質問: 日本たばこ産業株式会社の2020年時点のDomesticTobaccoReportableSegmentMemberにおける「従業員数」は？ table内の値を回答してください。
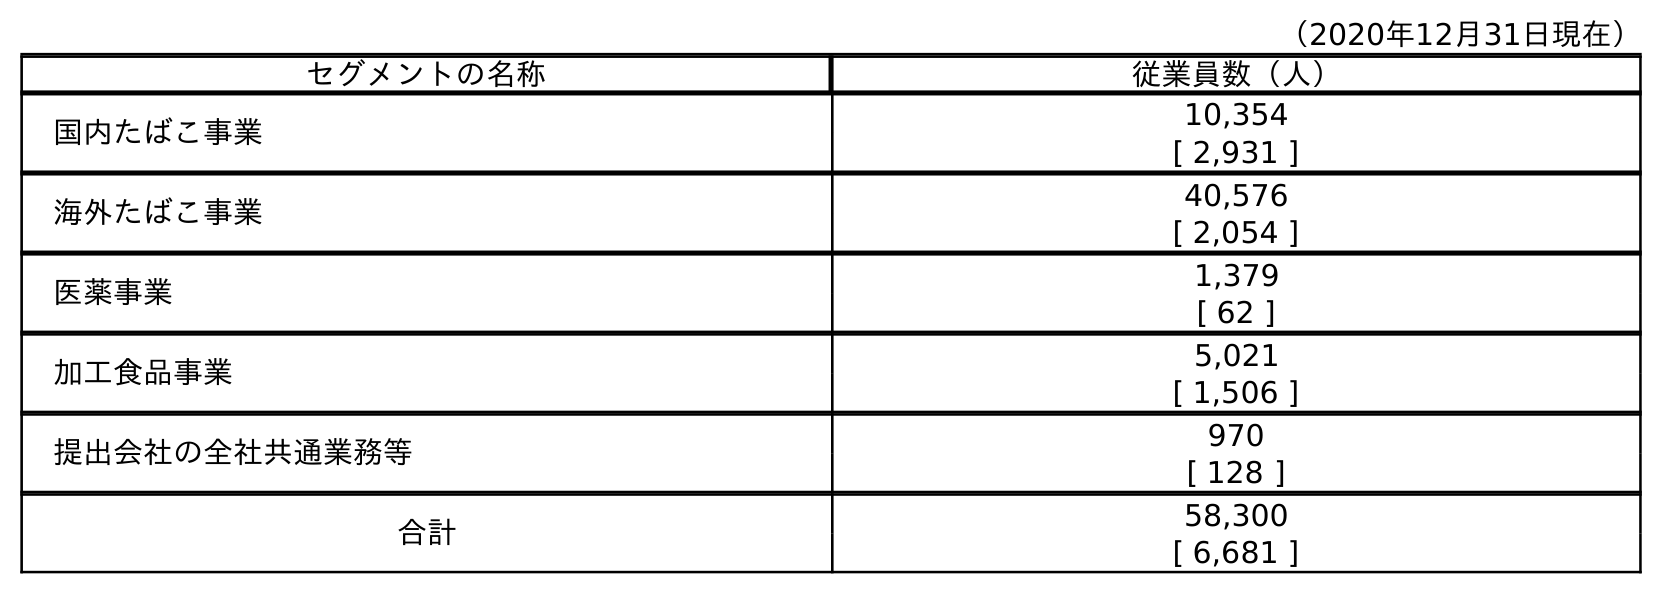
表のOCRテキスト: （2020年12月31日現在） セグメントの名称 従業員数（人） 国内たばこ事業 10,354 [ 2,931 ] 海外たばこ事業 40,576 [ 2,054 ] 医薬事業 1,379 [ 62 ] 加工食品事業 5,021 [ 1,506 ] 提出会社の全社共通業務等 970 [ 128 ] 合計 58,300 [ 6,681 ]
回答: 10,354